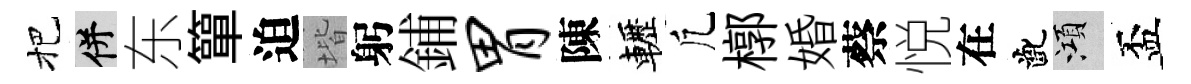
把并东簞迫堦躬鋪胃陳轣凢槨婚蔡悦在齔澒盃